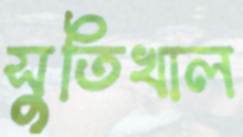
সুতিখাল